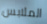
الملابس